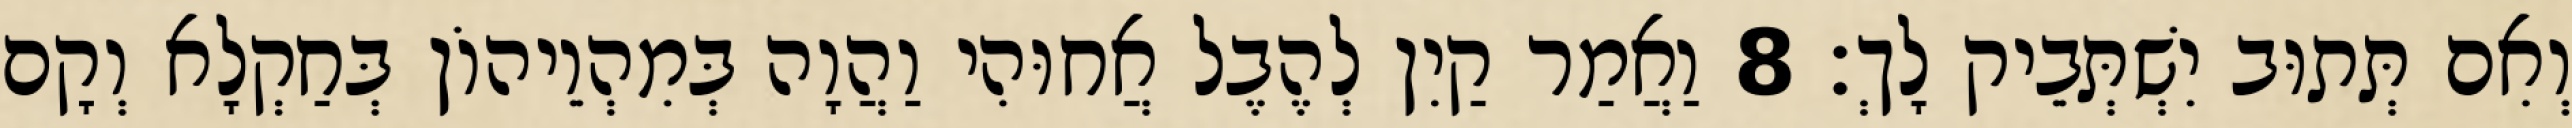
וְאִם תְּתוּב יִשְׁתְּבֵיק לָךְ׃ 8 וַאֲמַר קַיִן לְהֶבֶל אֲחוּהִי וַהֲוָה בְּמִהְוֵיהוֹן בְּחַקְלָא וְקָם